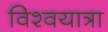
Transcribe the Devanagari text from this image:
विश्वयात्रा